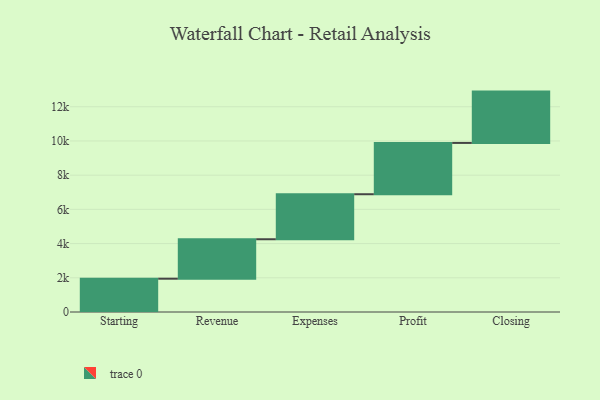
{"axis": {"x": "Step", "y": "Value"}, "legend": [""], "data": [{"x": "Starting", "y": 1947.0, "type": ""}, {"x": "Revenue", "y": 2306.0, "type": ""}, {"x": "Expenses", "y": 2632.0, "type": ""}, {"x": "Profit", "y": 3000, "type": ""}, {"x": "Closing", "y": 3000, "type": ""}]}